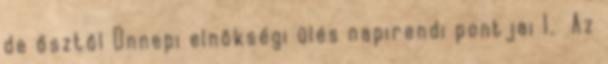
de ősztől Ünnepi elnökségi ülés napirendi pontjai 1. Az